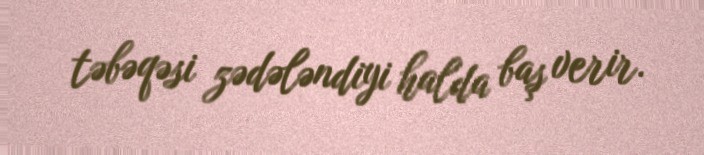
təbəqəsi zədələndiyi halda baş verir.